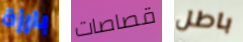
بارزة قصاصات باطل